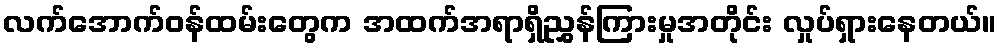
လက်အောက်ဝန်ထမ်းတွေက အထက်အရာရှိညွှန်ကြားမှုအတိုင်း လှုပ်ရှားနေတယ်။